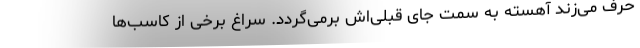
حرف می‌زند آهسته به سمت جای قبلی‌اش برمی‌گردد. سراغ برخی از کاسب‌ها